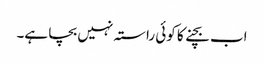
اب بچنے کا کوئی راستہ نہیں بچا ہے۔